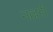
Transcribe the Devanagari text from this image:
नल्लरी